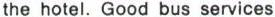
the hotel. Good bus services